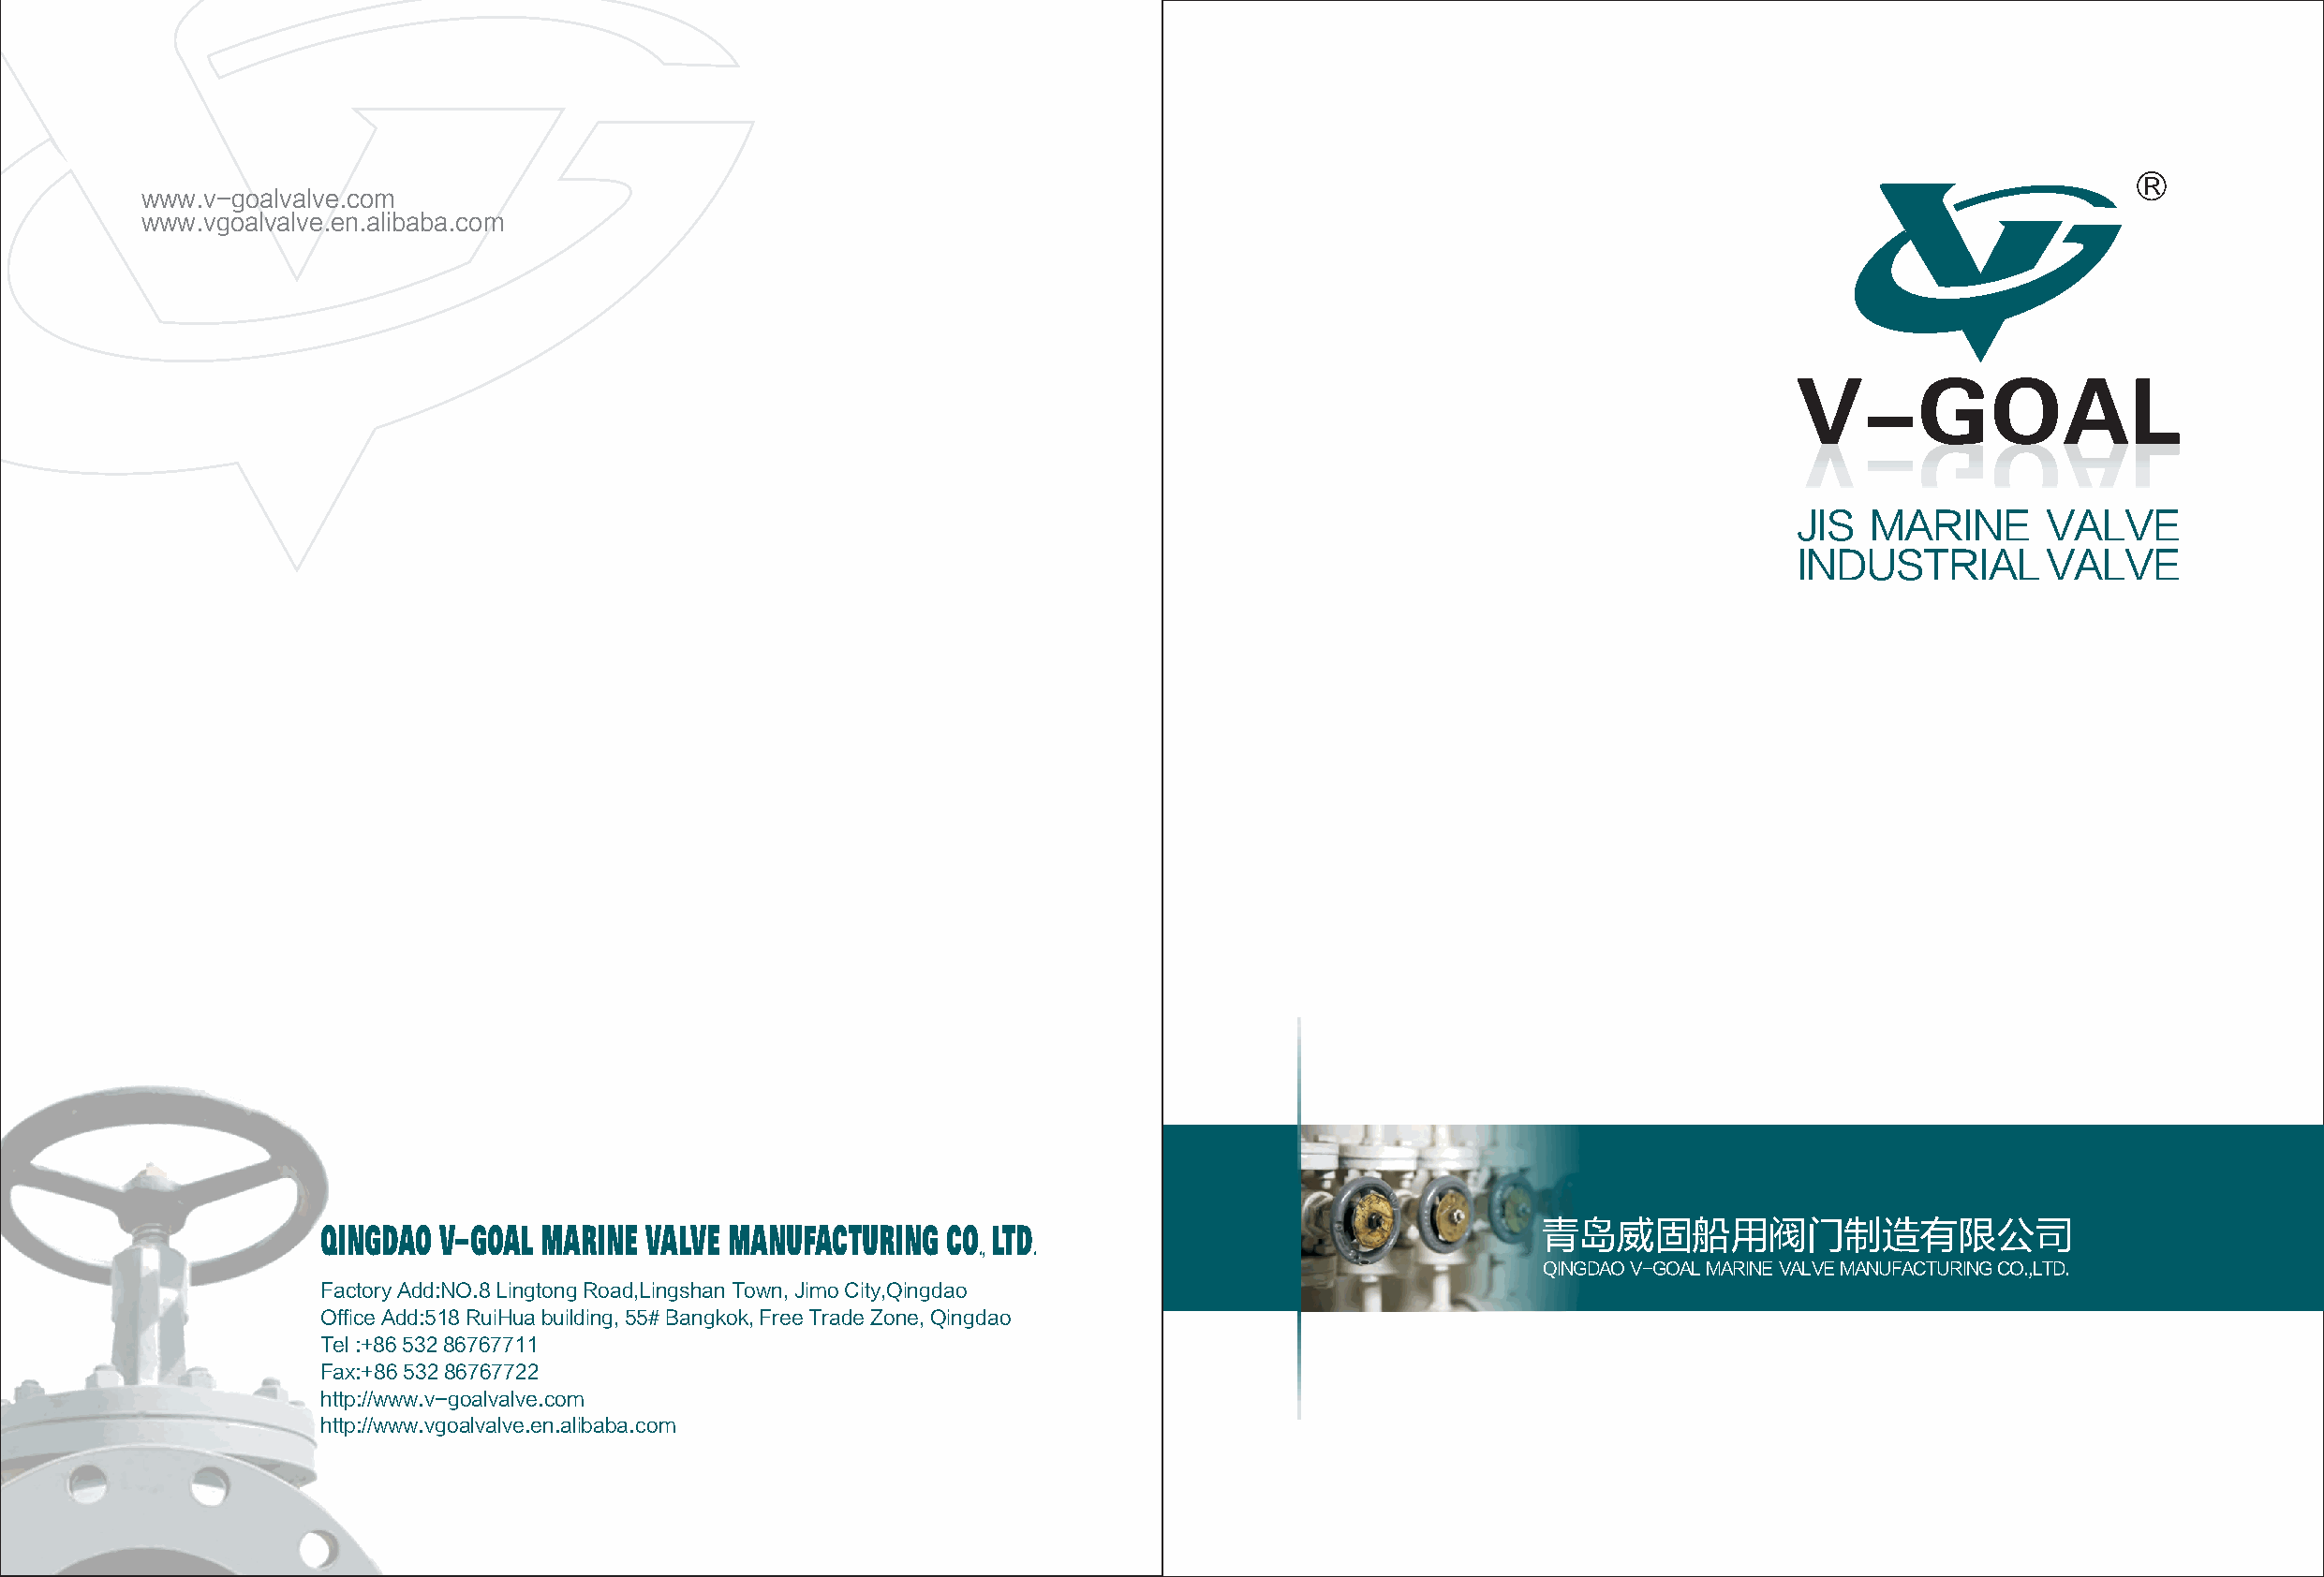
R
 www.v-goalvalve.com
 www.vgoalvalve.en.alibaba.com
 JIS  MARINE       VALVE
 INDUSTRIAL        VALVE
 QINGDAO V GOAL MARINE  VALVE MANUFACTURING  CO.,LTD.                                  青岛威固船用阀门制造有限公司
 QINGDAO V-GOAL MARINE VALVE MANUFACTURING CO.,LTD.
 Factory Add:NO.8 Lingtong Road,Lingshan Town, Jimo City,Qingdao
 Office Add:518 RuiHua building, 55# Bangkok, Free Trade Zone, Qingdao
 Tel :+86 532 86767711
 Fax:+86 532 86767722
 http://www.v-goalvalve.com
 http://www.vgoalvalve.en.alibaba.com